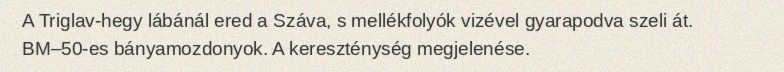
A Triglav-hegy lábánál ered a Száva, s mellékfolyók vizével gyarapodva szeli át. BM–50-es bányamozdonyok. A kereszténység megjelenése.